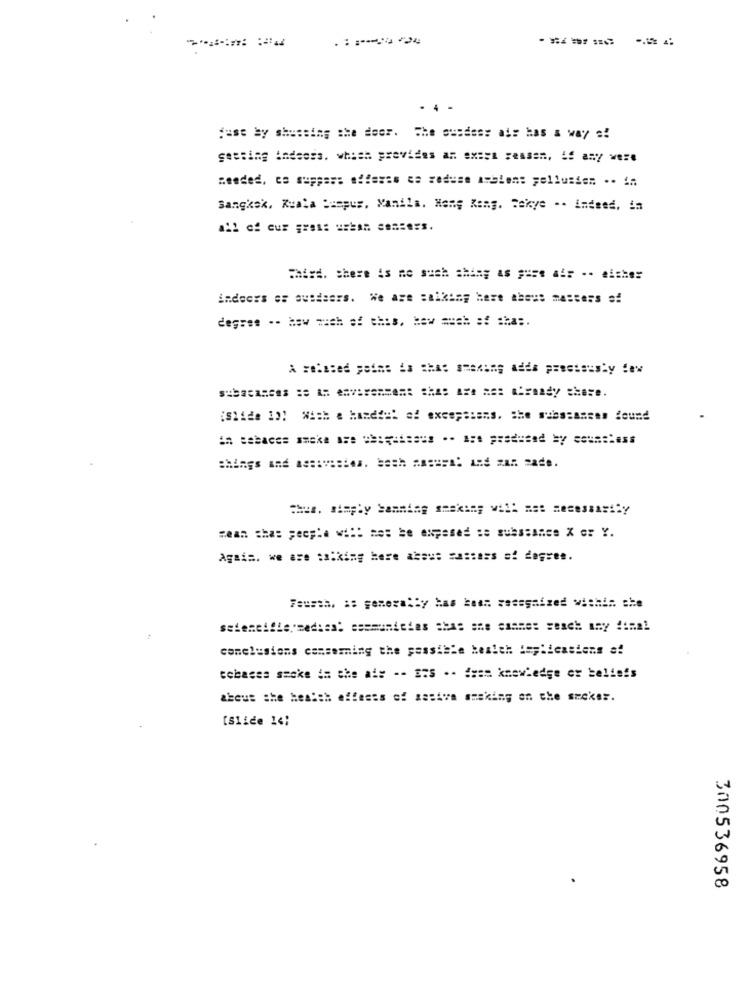
just by shussing she deer. The cusdess ass has a way =!
gessing indeoss. which provides an exact ressen, if any were
Bangkok, Kuala Lumpur, Manila. Hong Kong. Sekye .. indeed, in
all of cur gress urban centers.
Third. there is no such ahing as === e af: -. eishe=
indoors os suideers. We are =alking here theus masters s!
degree -- how much of this, haw auch af sha :.
sean shas people wi :: not be exposed se substance X or Y.
Again. we are talking here akaus zassess si degres.
Fourth, a: generally has been zesegaized within. she
seteneille, medias: ssemunicies shas she comme: sesch any !: mal
conclusions concerning the possible health implicasiens af
cchaces secke in the ais -- E75 -- fram knowledge or beliefs
about the health effects of sattva amaking on the seeker.
[Slide 14;
300536958